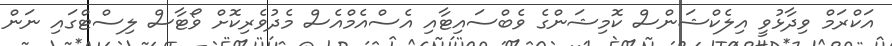
އަކްރަމް ވިދާޅުވީ އިލެކްޝަންސް ކޮމިޝަންގެ ވެބްސައިޓާއި އެސްއެމްއެސް މެދުވެރިކޮށް ވޯޓާސް ލިސްޓްގައި ނަން